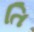
તિ